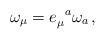
LaTeX: \begin{align*}\omega_{\mu}=e_{\mu}^{\,\,\,\,a}\omega_a\,{,}\end{align*}